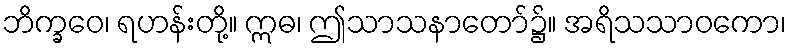
ဘိက္ခဝေ၊ ရဟန်းတို့။ ဣဓ၊ ဤသာသနာတော်၌။ အရိသသာဝကော၊